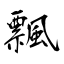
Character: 飄